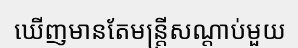
ឃើញមានតែមន្ត្រីសណ្តាប់មួយ